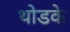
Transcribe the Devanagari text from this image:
थोडके